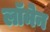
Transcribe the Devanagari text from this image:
लॉमेन